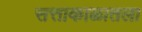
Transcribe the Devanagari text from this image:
सत्ताकाळातला